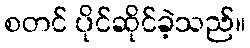
စတင် ပိုင်ဆိုင်ခဲ့သည်။